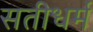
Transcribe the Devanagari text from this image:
सतीधर्म